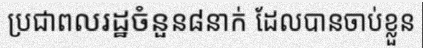
ប្រជាពលរដ្ឋចំនួន៨នាក់ ដែលបានចាប់ខ្លួន